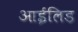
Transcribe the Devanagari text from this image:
आईलिड